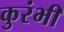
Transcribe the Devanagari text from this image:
कुरंभी